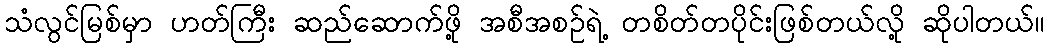
သံလွင်မြစ်မှာ ဟတ်ကြီး ဆည်ဆောက်ဖို့ အစီအစဉ်ရဲ့ တစိတ်တပိုင်းဖြစ်တယ်လို့ ဆိုပါတယ်။